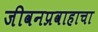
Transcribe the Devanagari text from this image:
जीवनप्रवाहाचा